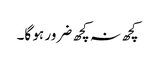
کچھ نہ کچھ ضرور ہو گا۔